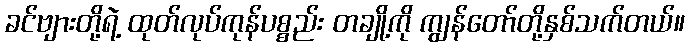
ခင်ဗျားတို့ရဲ့ ထုတ်လုပ်ကုန်ပစ္စည်း တချို့ကို ကျွန်တော်တို့နှစ်သက်တယ်။